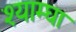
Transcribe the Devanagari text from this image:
श्याम्घा